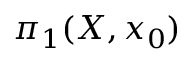
\pi _ { 1 } ( X , x _ { 0 } )